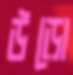
উড়ো